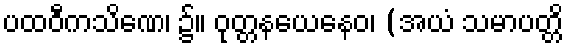
ပထဝီကသိဏေ၊ ၌။ ဝုတ္တနယေနေဝ၊ (အယံ သမာပတ္တိ